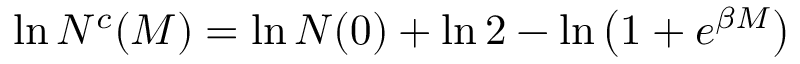
\ln N ^ { c } ( M ) = \ln N ( 0 ) + \ln 2 - \ln \left( 1 + e ^ { \beta M } \right)